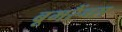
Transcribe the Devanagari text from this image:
बूमरैंग्स